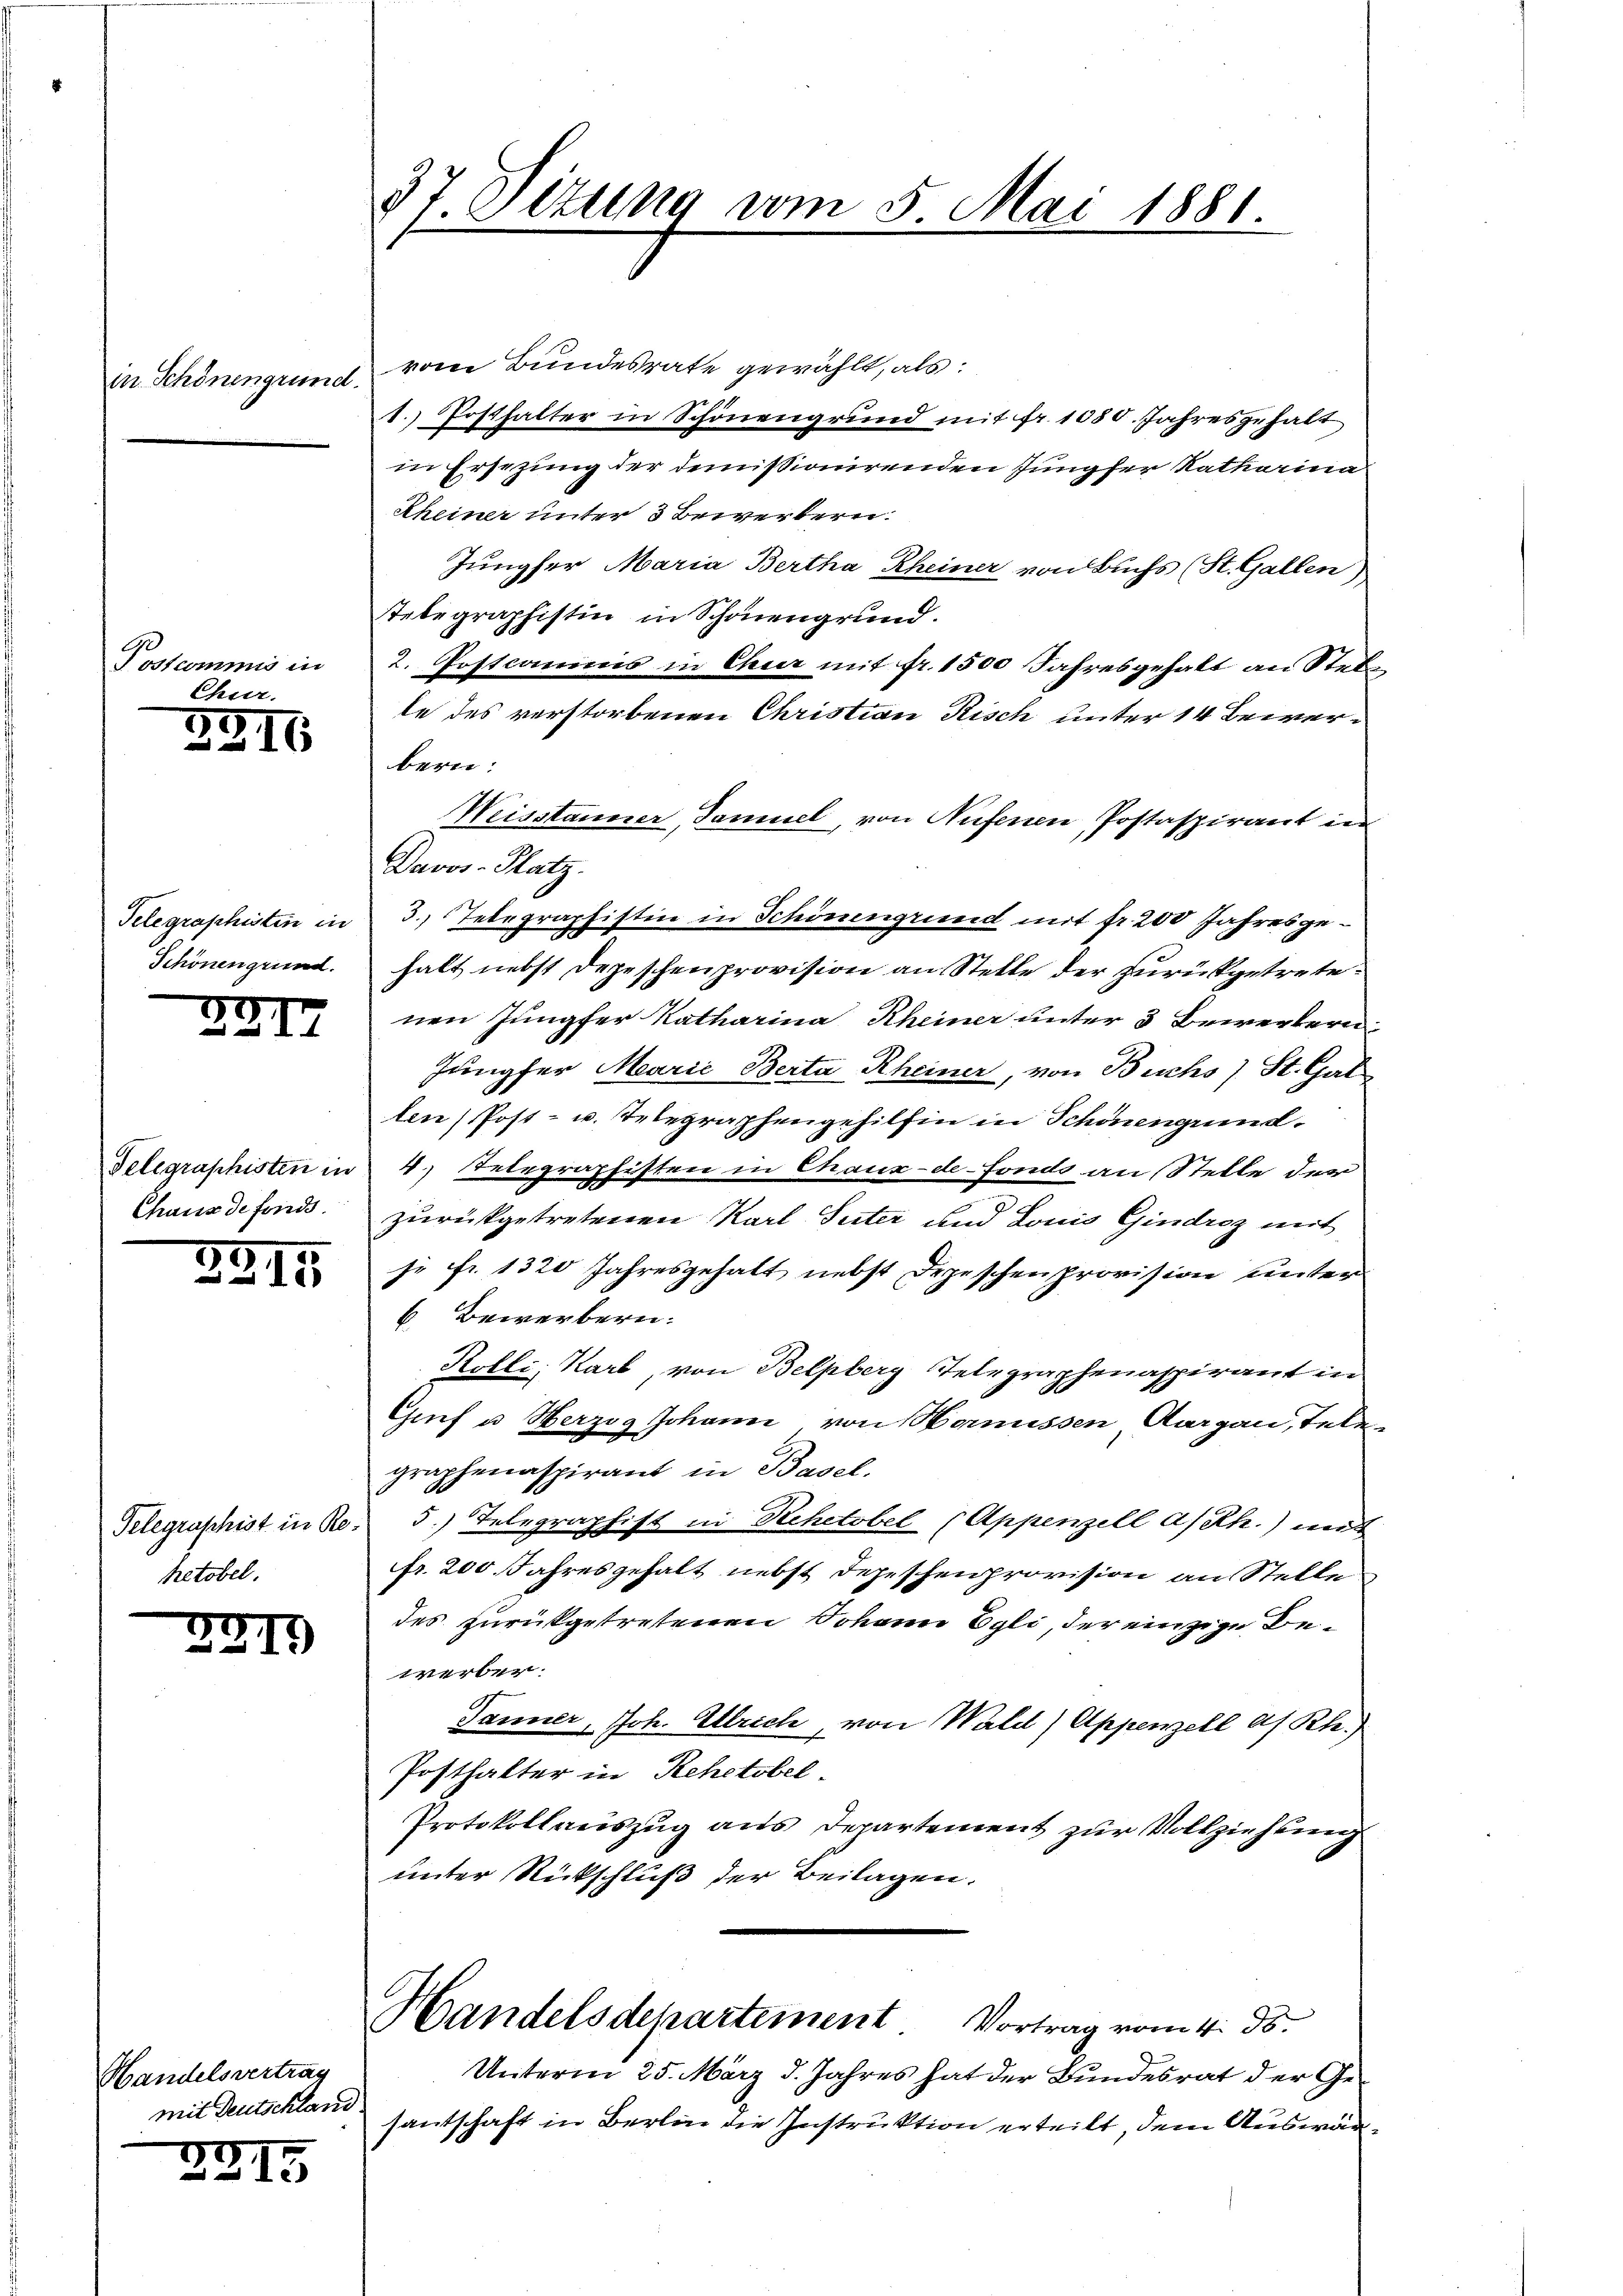
in Schönengrund.

Postcommis in
Chur.

G16

Telegraphisten in
Schönen grund.

22I

Telegraphisten in
Chaus de fonds.

3915.

Telegraphist in Re
hetobel.

2219

Handelsvertrag

e
5
15

37. Situng vom 5. Mai 1881.

vom Bundesrate gewählt, als:
1.) Posthalter in Schönengrund mit fr. 1030. Jahresgehalt
in Ersezung der demissionirenden Jungfer Katharina
Rheiner unter 3 Bewerbern.
Jungfer Maria Bertha Rheiner von Buchs (St. Gallen)
Telegraphistin in Schönengrund.
2. Postcommis in Eheer mit fr. 1500 Jahresgehalt an Stelle
te des verstorbenen Christian Risch unter 14 Bewerbern.
Weisstanner, Samuel, von Aufenen Postaspirant in
Davos - Hatz.
3. Telegraphistin in Schönengrund mit fr. 200 Jahresgehalt nebst Depeschenprovision an Stelle der zurückgetretenen Jungfer Katharina Rheiner unter 3 Bewerkern.
Jungfer Marie Berta Rheiner, von Buchs) St. Gal
len (Post- u. Telegraphengehilfen in Schönengrund.
4.) Telegraphisten in Chaux-de-Fonds an Stelle der
zurükgetretenen Karl Peter und Louis Gindroz mit
je Fr. 1320 Jahresgehalt nebst Depeschenprovision unter
6. Bewerbern.
Kölli, Karl, von Belpberg, Telegraphenaspirant in
Gruf u. Herzog Johann von Hornissen Aargau, Telegraphenaspirant in Basel.
5.) Telegraphist in Rechetobel (Appenzell a/Rh.) und
fr. 200 Jahresgehalt nebst Depeschenprovision an Stelle
des zurückgetretenen Johann Egli, der einzige Bewerber.
Jänner, Joh. Ulrich, von Wald) Appenzell a. Rh.)
Posthalter in Rehetobel
Protokollauszug aus Departement zur Vollziehung
unter Rückschluß der Beilagen.
Handelsdepartement Vortrag vom 4. ds.
Unterm 25. März d. Jahres hat der Bundesrat der Ge-
mit Deutschland santschaft in Berlin die Instruktion erteilt, dem Auswär¬